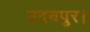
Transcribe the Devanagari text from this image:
उदयपुर।